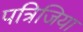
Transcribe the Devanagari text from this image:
पत्रिजिया